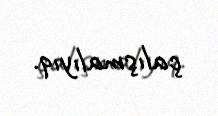
çalışmalıyıq.